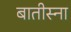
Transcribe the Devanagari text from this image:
बातीस्ना